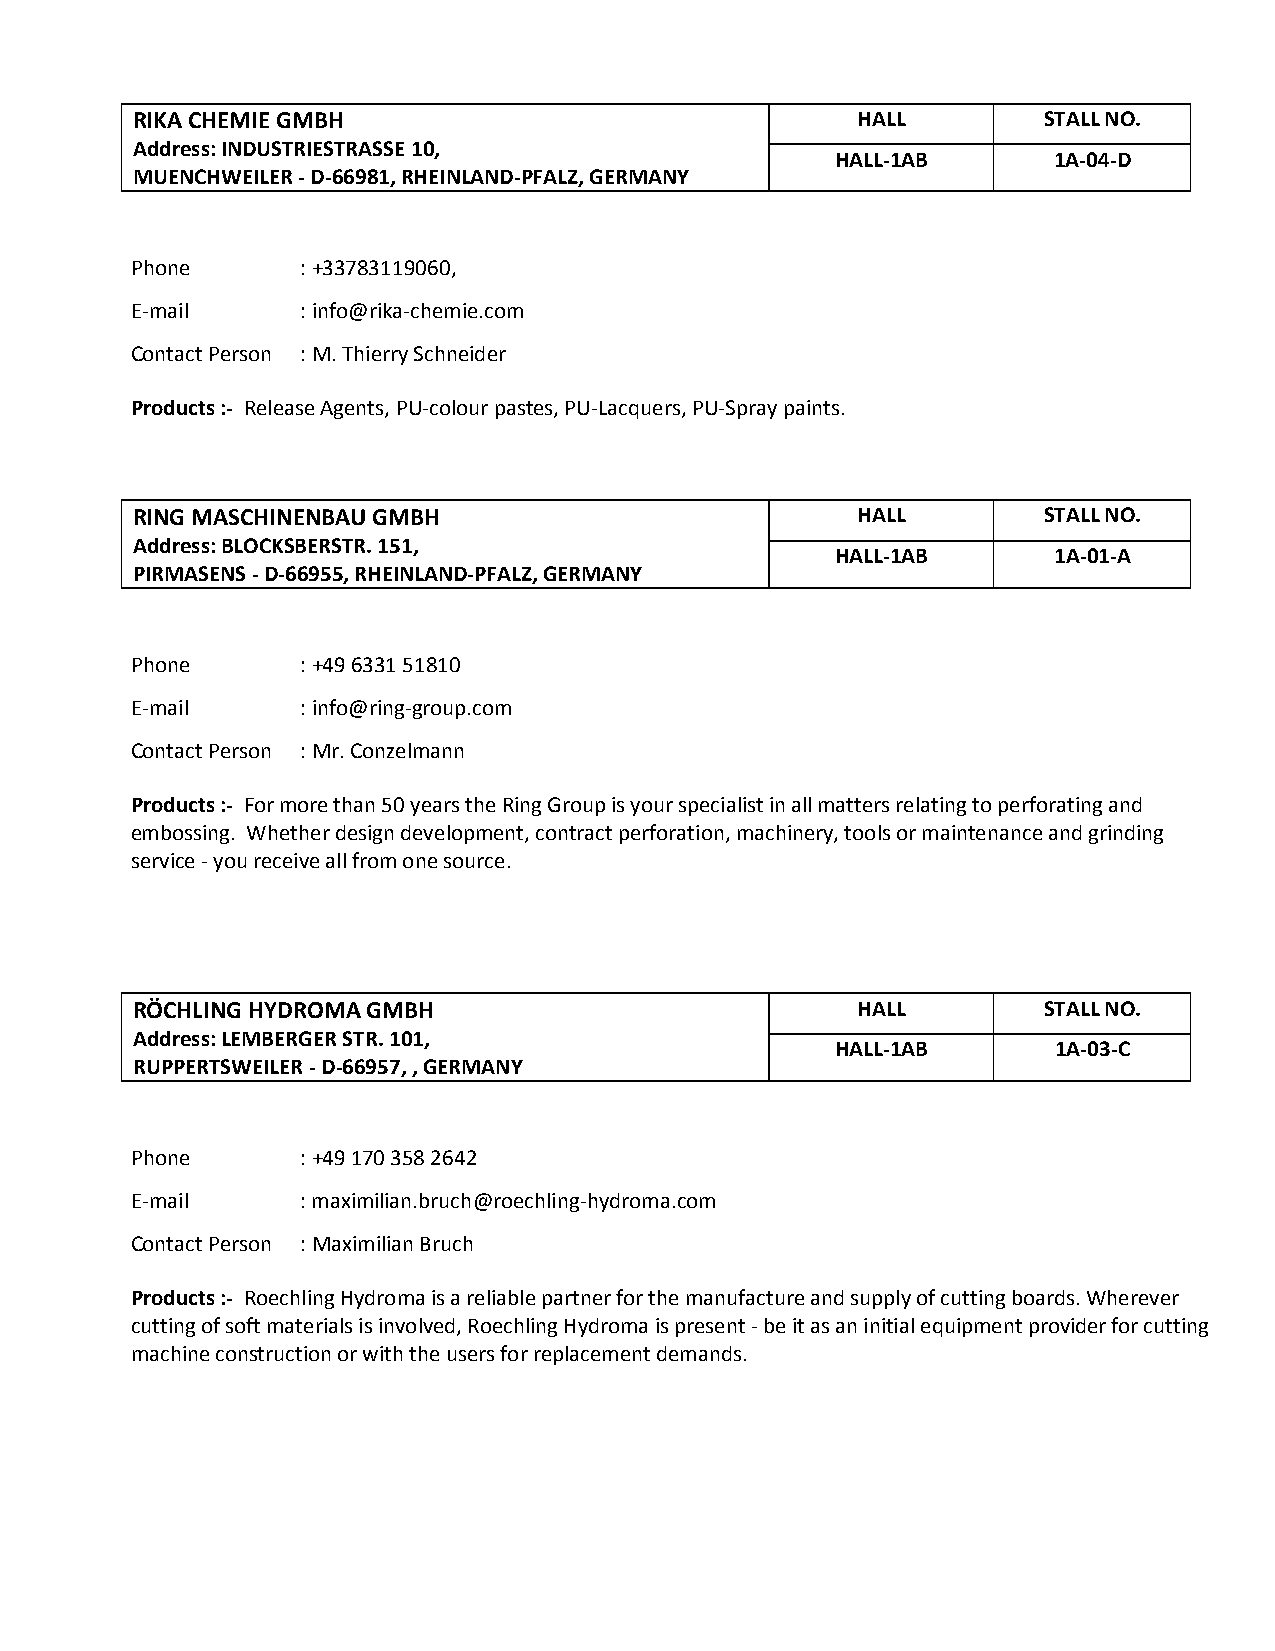
RIKA CHEMIE GMBH                                HALL        STALL NO.
 Address: INDUSTRIESTRASSE 10,
 HALL-1AB       1A-04-D
 MUENCHWEILER - D-66981, RHEINLAND-PFALZ, GERMANY
 Phone      : +33783119060,
 E-mail     : info@rika-chemie.com
 Contact Person : M. Thierry Schneider
 Products :- Release Agents, PU-colour pastes, PU-Lacquers, PU-Spray paints.
 RING MASCHINENBAU GMBH                          HALL        STALL NO.
 Address: BLOCKSBERSTR. 151,
 HALL-1AB       1A-01-A
 PIRMASENS - D-66955, RHEINLAND-PFALZ, GERMANY
 Phone      : +49 6331 51810
 E-mail     : info@ring-group.com
 Contact Person : Mr. Conzelmann
 Products :- For more than 50 years the Ring Group is your specialist in all matters relating to perforating and
 embossing. Whether design development, contract perforation, machinery, tools or maintenance and grinding
 service - you receive all from one source.
 RÖCHLING HYDROMA GMBH                           HALL        STALL NO.
 Address: LEMBERGER STR. 101,
 HALL-1AB       1A-03-C
 RUPPERTSWEILER - D-66957, , GERMANY
 Phone      : +49 170 358 2642
 E-mail     : maximilian.bruch@roechling-hydroma.com
 Contact Person : Maximilian Bruch
 Products :- Roechling Hydroma is a reliable partner for the manufacture and supply of cutting boards. Wherever
 cutting of soft materials is involved, Roechling Hydroma is present - be it as an initial equipment provider for cutting
 machine construction or with the users for replacement demands.